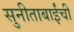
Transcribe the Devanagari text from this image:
सुनीताबाईंची